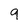
Character: 9